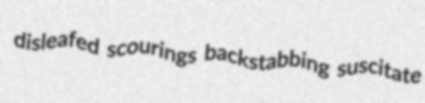
disleafed scourings backstabbing suscitate